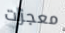
معجزات